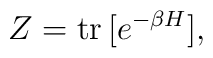
Z={\rm tr}\, [e^{-\beta H}],